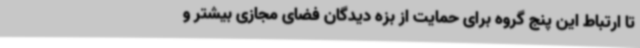
تا ارتباط این پنج گروه برای حمایت از بزه دیدگان فضای مجازی بیشتر و